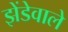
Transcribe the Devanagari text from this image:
झेंडेवाले